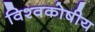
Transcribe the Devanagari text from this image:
विश्वकोषीय